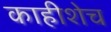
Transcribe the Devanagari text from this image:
काहीशेच